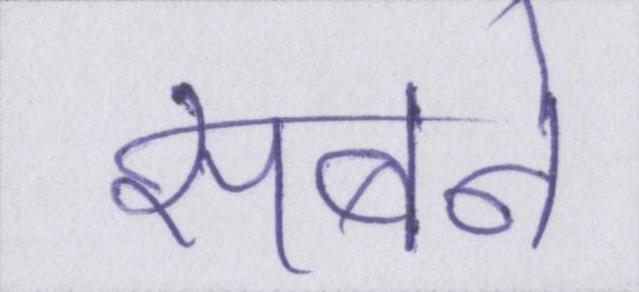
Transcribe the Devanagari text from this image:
सबमे